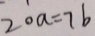
2 0 a = 7 b